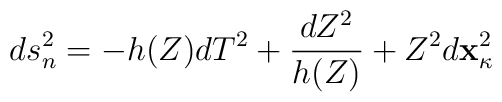
ds_n^2=-h(Z)dT^2+\frac{dZ^2}{h(Z)}+Z^2d{\bf x}_{\kappa}^2